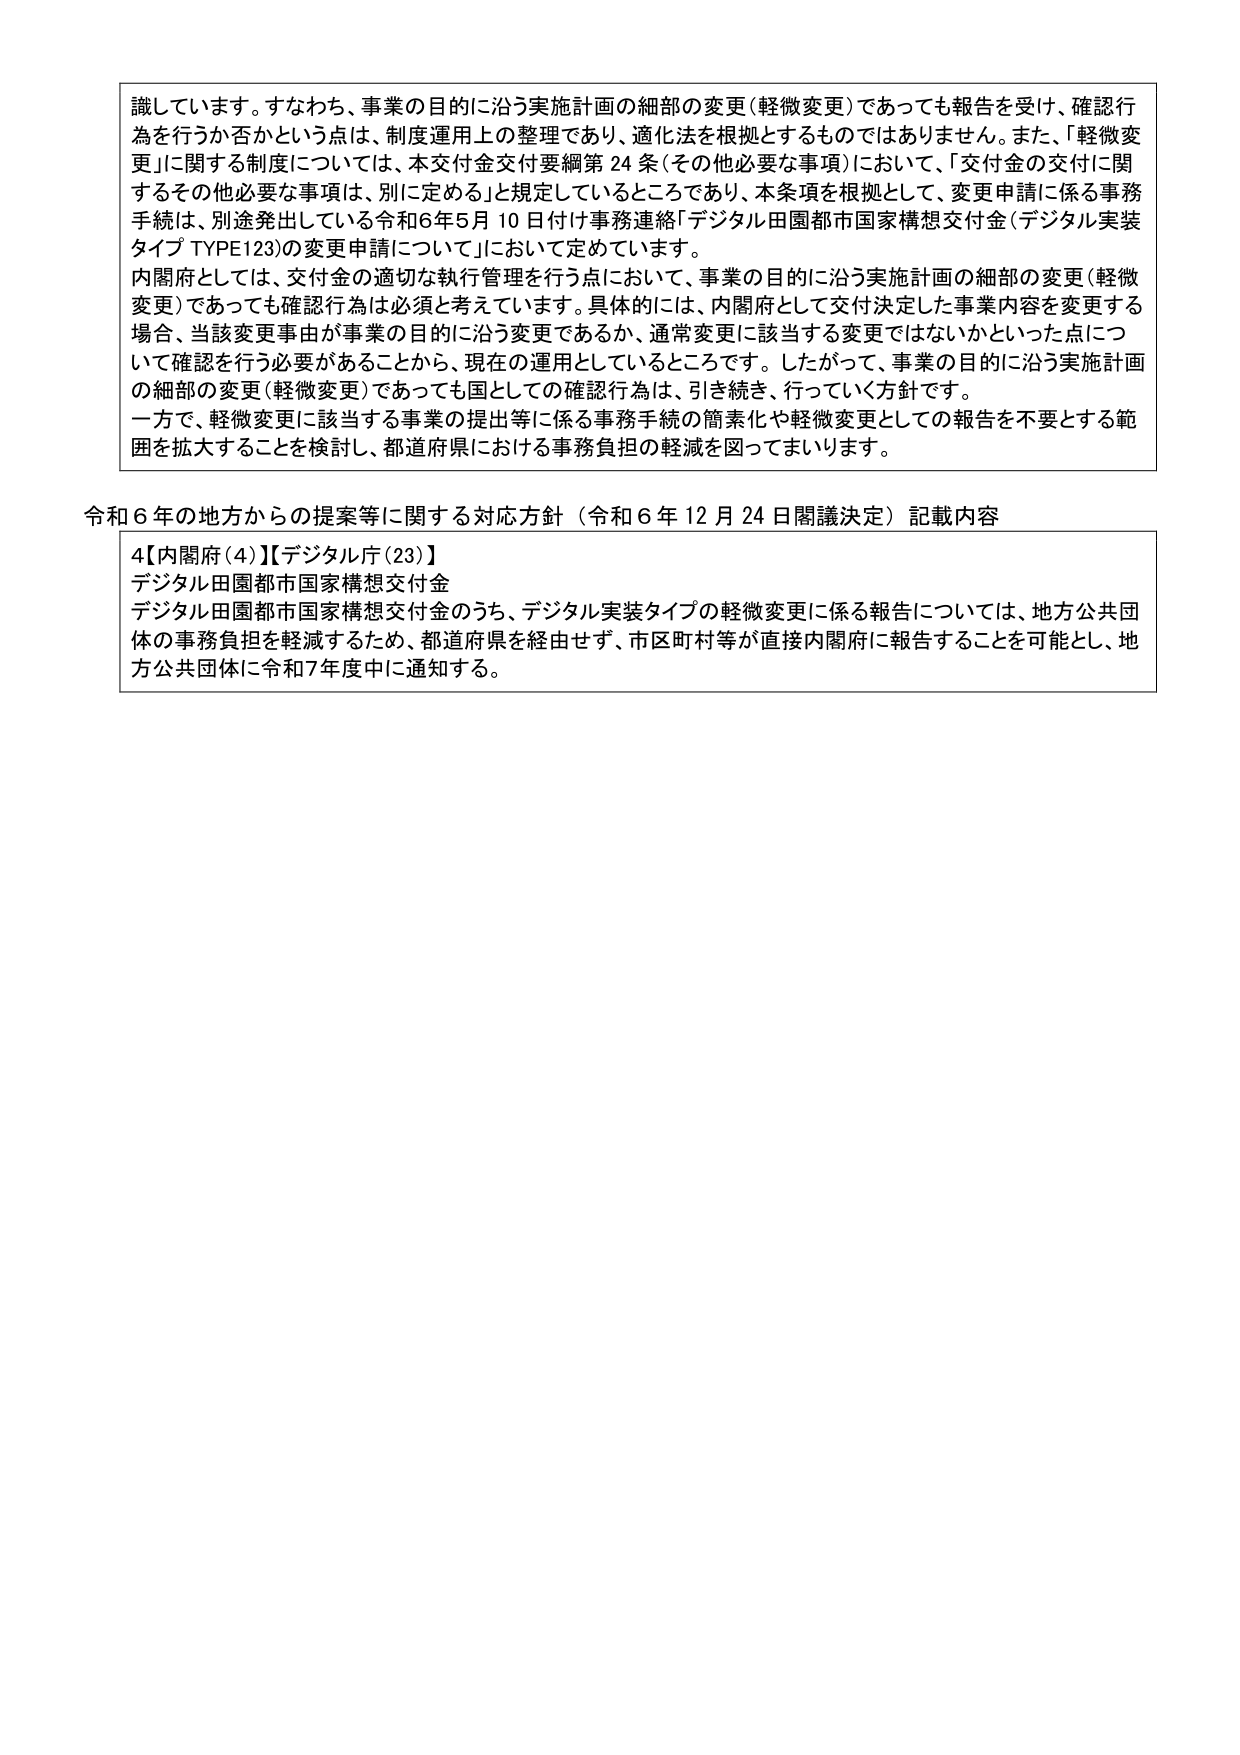
識しています。すなわち、事業の目的に沿う実施計画の細部の変更（軽微変更）であっても報告を受け、確認行為を行うか否かという点は、制度運用上の整理であり、適化法を根拠とするものではありません。また、「軽微変更」に関する制度については、本交付金交付要綱第24条（その他必要な事項）において、「交付金の交付に関するその他必要な事項は、別に定める」と規定しているところであり、本条項を根拠として、変更申請に係る事務手続は、別途発出している令和6年5月10日付け事務連絡「デジタル田園都市国家構想交付金（デジタル実装タイプ TYPE123）の変更申請について」において定めています。

内閣府としては、交付金の適切な執行管理を行う点において、事業の目的に沿う実施計画の細部の変更（軽微変更）であっても確認行為は必須と考えています。具体的には、内閣府として交付決定した事業内容を変更する場合、当該変更事由が事業の目的に沿う変更であるか、通常変更に該当する変更ではないかといった点について確認を行う必要があることから、現在の運用としているところです。したがって、事業の目的に沿う実施計画の細部の変更（軽微変更）であっても国としての確認行為は、引き続き、行っていく方針です。

一方で、軽微変更に該当する事業の提出等に係る事務手続の簡素化や軽微変更としての報告を不要とする範囲を拡大することを検討し、都道府県における事務負担の軽減を図ってまいります。

令和6年の地方からの提案等に関する対応方針（令和6年12月24日閣議決定）記載内容

4【内閣府(4)】【デジタル庁(23)】
デジタル田園都市国家構想交付金
デジタル田園都市国家構想交付金のうち、デジタル実装タイプの軽微変更に係る報告については、地方公共団体の事務負担を軽減するため、都道府県を経由せず、市区町村等が直接内閣府に報告することを可能とし、地方公共団体に令和7年度中に通知する。